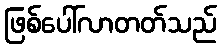
ဖြစ်ပေါ်လာတတ်သည်